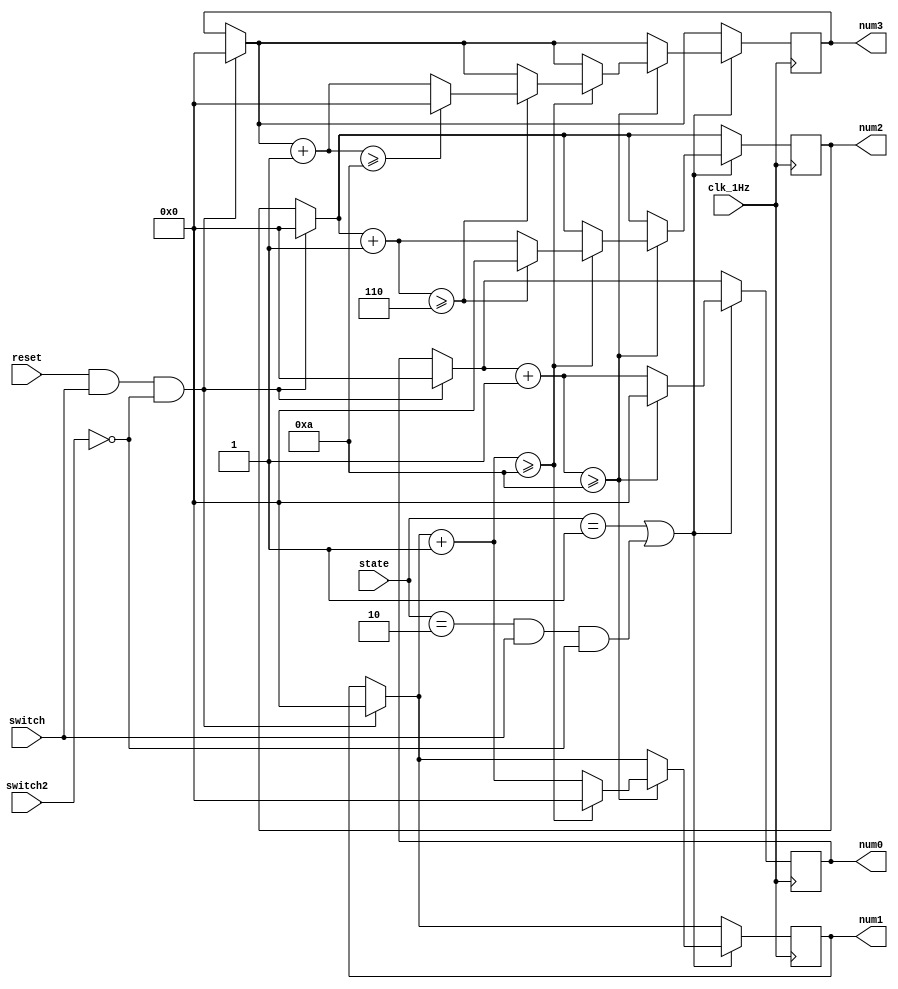
`timescale 1ns / 1ps
//////////////////////////////////////////////////////////////////////////////////
// Company: 
// Engineer: 
// 
// Design Name: 
// Module Name:    counter 
// Project Name: 
// Target Devices: 
// Tool versions: 
// Description: 
//
// Dependencies: 
//
// Revision: 
// Revision 0.01 - File Created
// Additional Comments: 
//
//////////////////////////////////////////////////////////////////////////////////
module counter(clk_1Hz,num0,num1,num2,num3,state,reset,switch,switch2);
input clk_1Hz; // 1 Hz clock goes in here
output [3:0] num0; // this would show your ones
output [3:0] num1; // and this one would show your tens
output [3:0] num2;
output [3:0] num3;
input switch;
input [1:0] state; //should we count
input reset; //do we reset?
input switch2;

reg [3:0] num0;
reg [3:0] num1;
reg [3:0] num2;
reg [3:0] num3;

// initialize the values (optional)
initial 
begin
	num0 = 0;
	num1 = 0;
	num2 = 0;
	num3 = 0;
end




always @ (posedge clk_1Hz) 
begin

if (reset&&switch&&!switch2) begin
	num0 = 0;
	num1 = 0;
	num2 = 0;
	num3 = 0;
	end

if(state==1||state==2 && switch && !switch2) begin
	num0 = num0 + 1'b1; // increment the ones bit
	if ( num0 >= 10 ) 
		begin // if it is greater than 9
		num0 = 0; // reset it to 0
		num1 = num1 + 1'b1; // and increment the tens bit.
			if (num1 >= 10) 
				begin // If tens is greater than 9
				num1 = 0; // reset it to 0
				num2 = num2 + 1'b1;
					if (num2 >= 6)
						begin
						num2 = 0;
						num3 = num3 +1'b1;
							if (num3 >= 10)
								begin 
								num3 = 0;
								end
	
						end

				end
		end

end

if((state==0||state==4) && (switch && !switch2)) begin
num0=num0;
num1=num1;
num2=num2;
num3=num3;
end
end


/*always @ (posedge clk_1Hz) 
begin
	num0 = num0 + 1'b1; // increment the ones bit
	if ( num0 >= 10 ) 
		begin // if it is greater than 9
		num0 = 0; // reset it to 0
		num1 = num1 + 1'b1; // and increment the tens bit.
			if (num1 >= 10) 
				begin // If tens is greater than 9
				num1 = 0; // reset it to 0
				end
		end
end
*/

endmodule